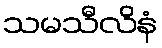
သမသီလိနံ